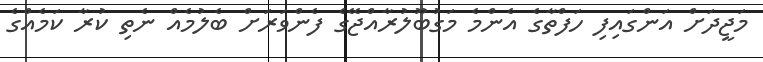
މަޖީދަށް އަންގައިފި ހަފްތާގެ އެންމެ މަގުބޫލުރާއްޖޭގެ ފެންވަރަށް ބެލުމެއް ނެތި ކުރާ ކަމެއްގެ